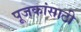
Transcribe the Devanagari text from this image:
पूजकांसाठी